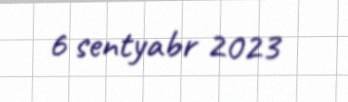
6 sentyabr 2023